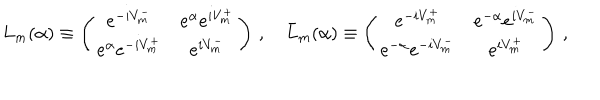
L _ { m } ( \alpha ) \equiv \left( \begin{array} { c c } { { e ^ { - i V _ { m } ^ { - } } } } & { { e ^ { \alpha } e ^ { i V _ { m } ^ { + } } } } \\ { { e ^ { \alpha } e ^ { - i V _ { m } ^ { + } } } } & { { e ^ { i V _ { m } ^ { - } } } } \\ \end{array} \right) \, , \quad \bar { L } _ { m } ( \alpha ) \equiv \left( \begin{array} { c c } { { e ^ { - i V _ { m } ^ { + } } } } & { { e ^ { - \alpha } e ^ { i V _ { m } ^ { - } } } } \\ { { e ^ { - \alpha } e ^ { - i V _ { m } ^ { - } } } } & { { e ^ { i V _ { m } ^ { + } } } } \\ \end{array} \right) \, ,